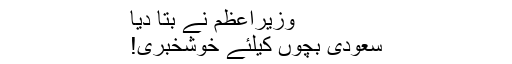
وزیراعظم نے بتا دیا
سعودی بچوں کیلئے خوشخبری!